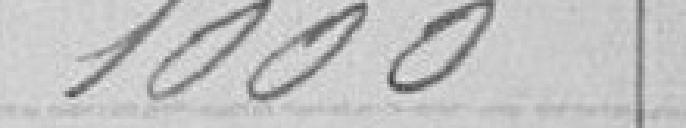
1000